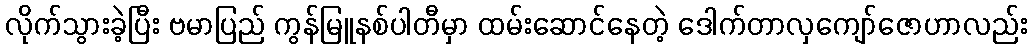
လိုက်သွားခဲ့ပြီး ဗမာပြည် ကွန်မြူနစ်ပါတီမှာ ထမ်းဆောင်နေတဲ့ ဒေါက်တာလှကျော်ဇောဟာလည်း